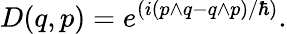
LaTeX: D(q,p)=e^{(i(p\wedge q-q\wedge p)/\hbar)}.